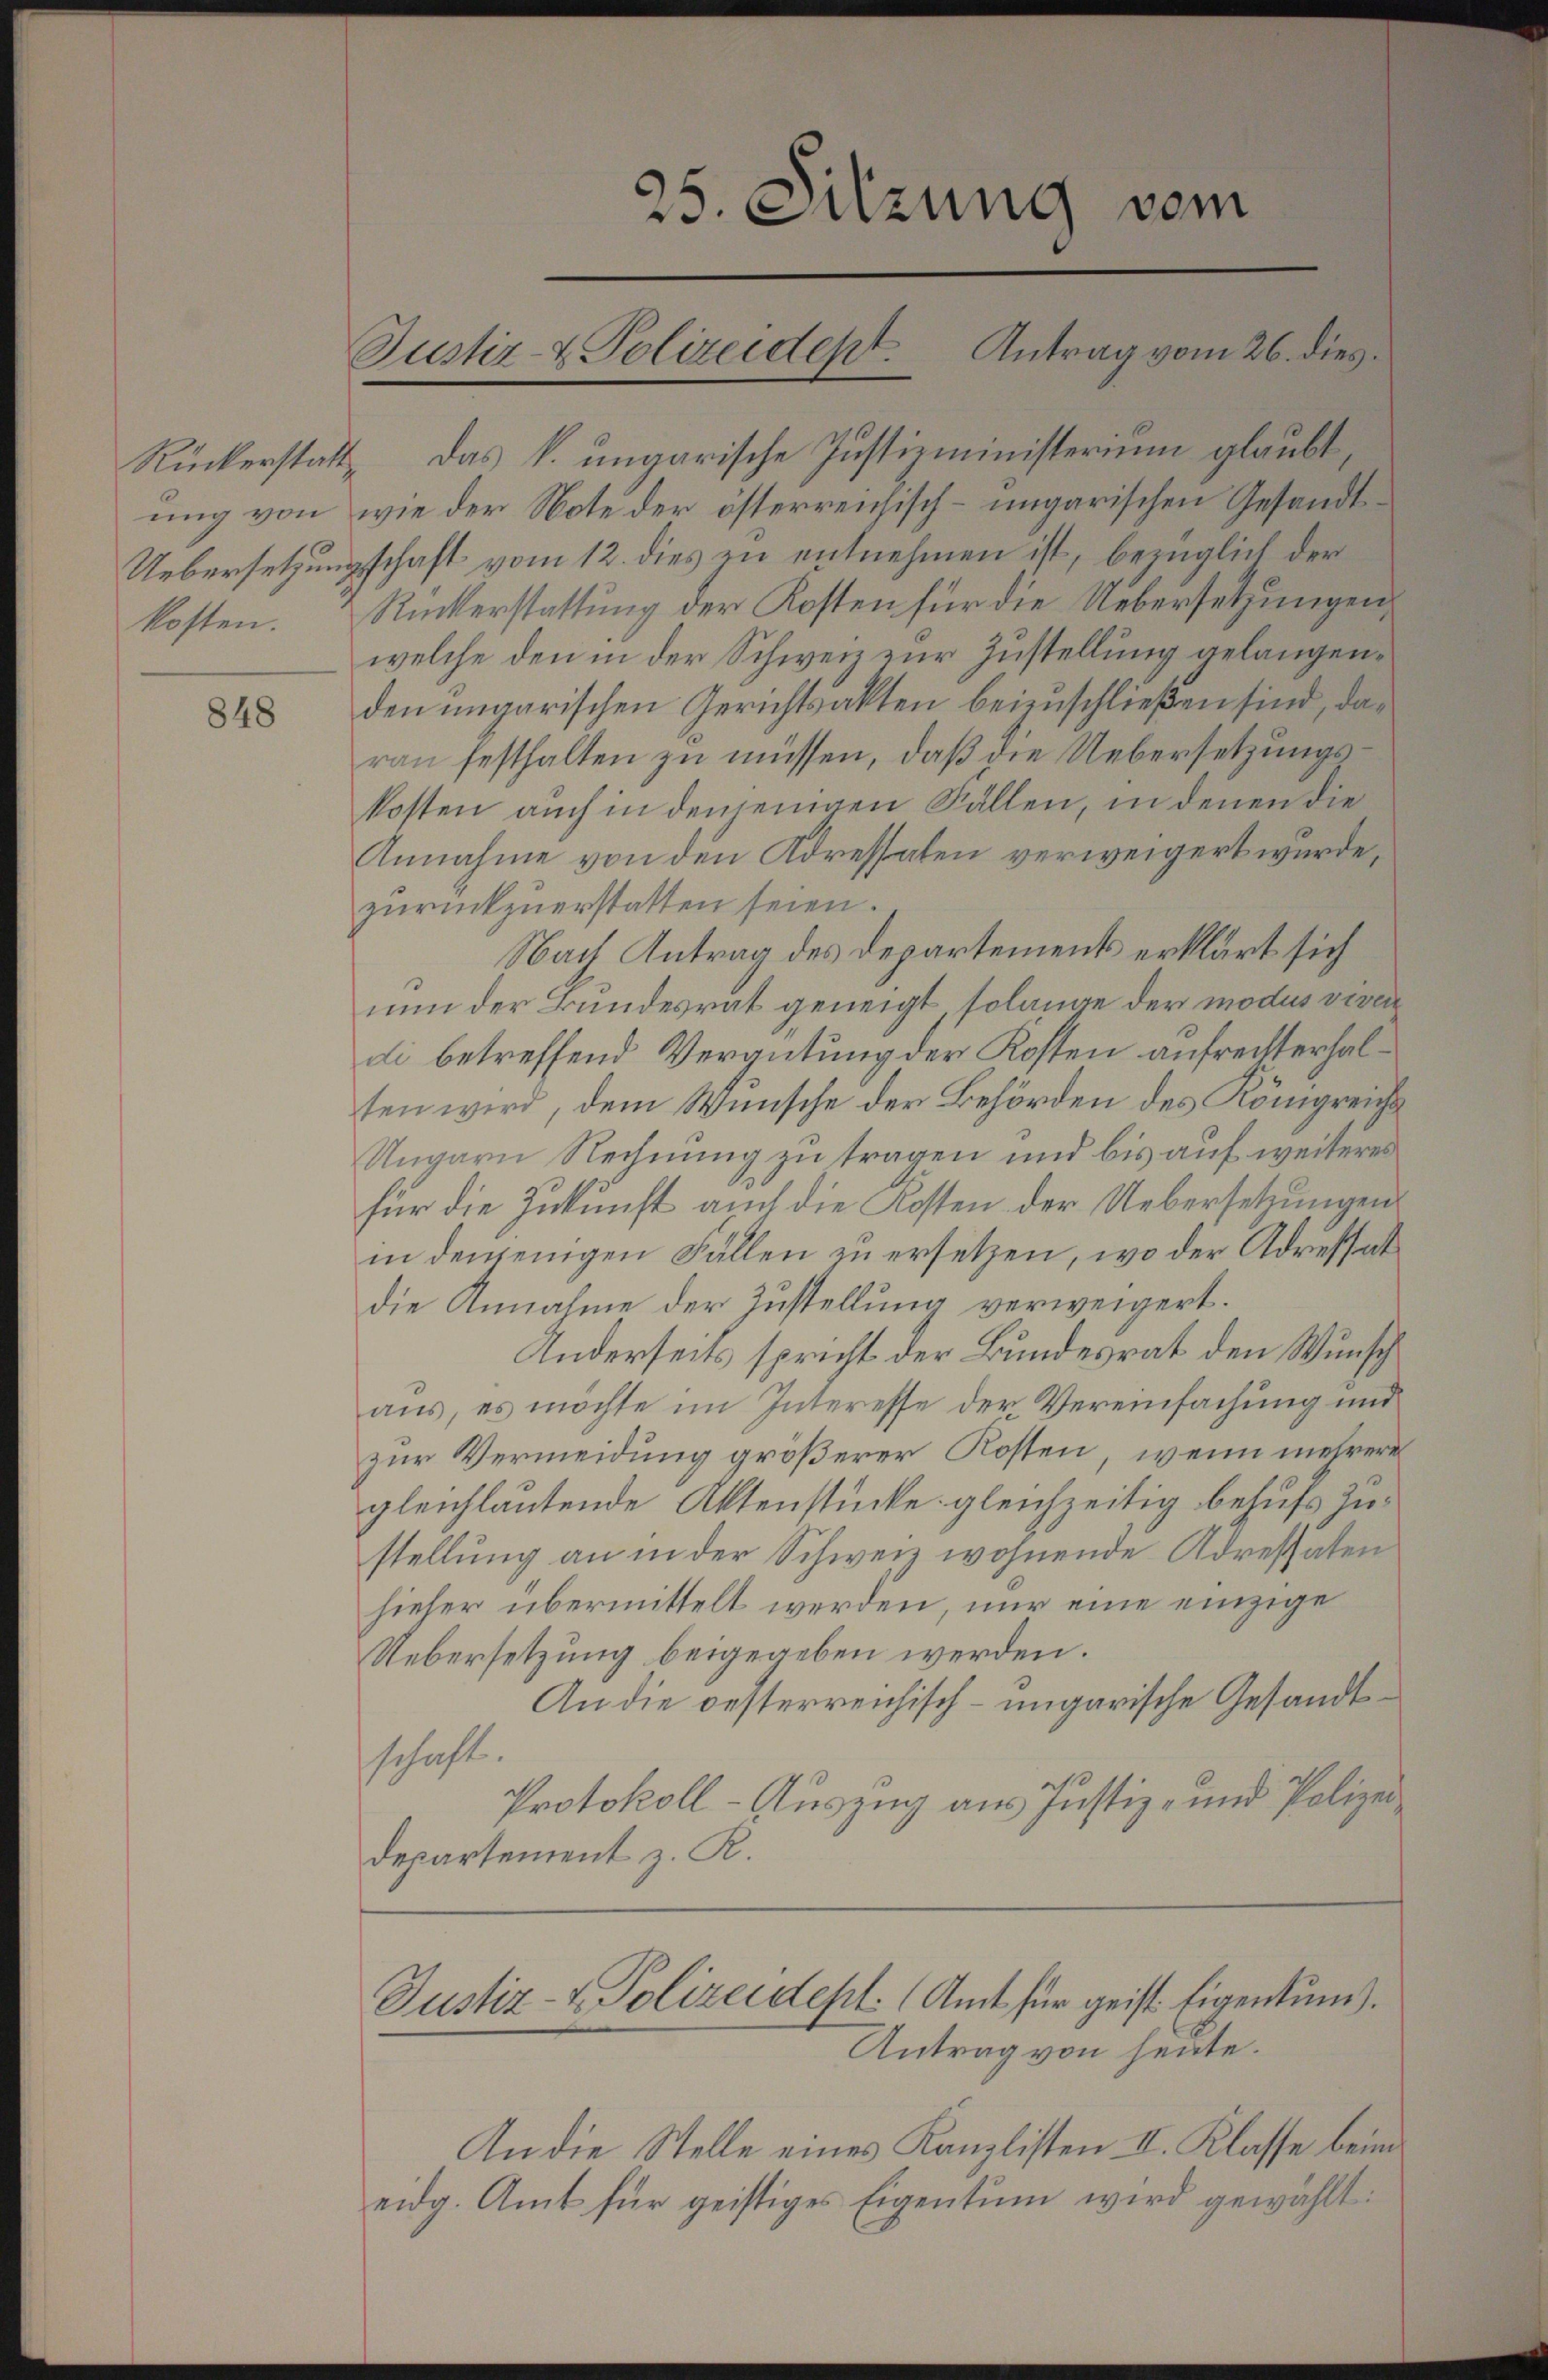
848

Rückerstatt das k. ungarische Justizministerium glaubt,
ung von wie der Note der österreichisch-ungarischen Gesandt¬
Uebersetzungschaft vom 12. dies zu entnehmen ist, bezüglich der
kosten. Rückerstattung der Kosten für die Uebersetzungen
welche den in der Schweiz zur Zustellung gelangenden ungarischen Gerichtsakten beizuschließen sind, darau festhalten zu müssen, daß die Uebersetzungskosten auch in dem eingen Fällen, in denen die
Annahme von den Adressaten verweigert wurde,
zurückzuerstatten seien.
Nach Antrag des Departements erklärt sich
nun der Bundesrat geneigt solange der modus viven
di betreffend Vergütung der Kosten aufrechterhalten wird, dem Wunsche der Behörden des Königreichs
Ungarn Rechnung zu tragen und bis auf weiteres
für die Zukunft auch die Kosten der Uebersetzungen
in demjenigen Fällen zu ersetzen, wo der Adressat
die Annahme der Zustellung verweigert.
Anderseits spricht der Bundesrat den Wunsch
aus, es möchte im Interesse der Vereinfachung und
zur Vermeidung größerer Kosten, wenn mehrere
gleichlautende Aktenstücke gleichzeitig behufs Zustellung an in der Schweiz wohnende Adressaten
hieher übermittelt werden, nur eine einzige
Uebersetzung beigegeben werden.
An die oesterreichisch-ungarische Gesandtschaft
Protokoll-Auszug aus Justiz- und Polizei
Departement z. R.

25. Sitzung vom
Justiz- & Polizeident. Antrag vom 26. dies

Justiz- & Polizeidept. (Amt für geist. Eigentum).
Antrag von heute.

An die Stelle eines Kanzlisten II. Klasse beim
eidg. Amt für geistiges Eigentum wird gewählt: